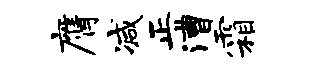
膺减正漕霜